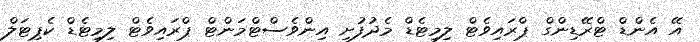
އޭ އެންޑް ޓްރޭޑިންގް ޕްރައިވެޓް ލިމިޓެޑް މެދުފުށި އިންވެސްޓްމަންޓް ޕްރައިވެޓް ލިމިޓެޑް ކެޕިޓަލް